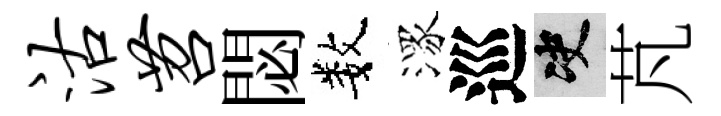
沽苕閟数潈巡决芃